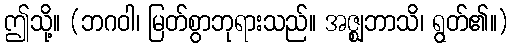
ဤသို့။ (ဘဂဝါ၊ မြတ်စွာဘုရားသည်။ အဇ္ဈဘာသိ၊ ရွတ်၏။)